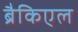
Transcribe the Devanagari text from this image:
ब्रैकिएल